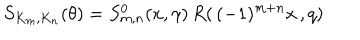
S _ { K _ { m } , K _ { n } } ( \theta ) = S _ { m , n } ^ { 0 } ( x , \gamma ) \, R ( \, ( - 1 ) ^ { m + n } x \, , q ) \,